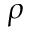
\rho